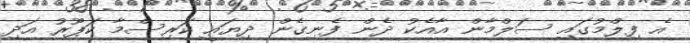
އެ ފިލްމުގައި ސަލްމާން އާއެކު ދެން ފެނިގެން ދިޔައީ ކަރިސްމާ ކަޕޫރު އަދި